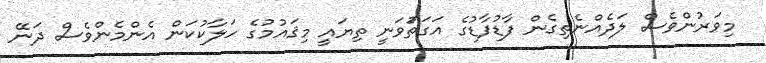
މިވަރުންވެސް ލަދެއްނެތިގެން ފާޑުފާޑުގެ އަގަތަުވަނީ ތިޔައީ މިޤައުމުގެ ހަލާކުކަން އެންމެންވެސް ދަނޭ